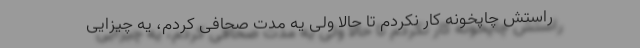
راستش چاپخونه کار نکردم تا حالا ولی یه مدت صحافی کردم، یه چیزایی